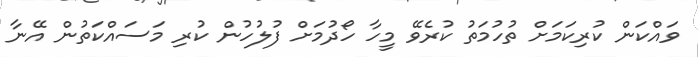
ވައްކަން ކުރިކަމަށް ތުހުމަތު ކުރެވޭ މީހާ ހޯދުމަށް ފުލުހުން ކުރި މަސައްކަތުން އޭނާ